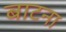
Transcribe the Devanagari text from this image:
बाटना